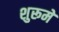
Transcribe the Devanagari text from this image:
शुरूमें